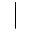
\vert